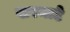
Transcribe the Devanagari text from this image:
खरमाटे